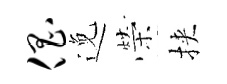
倡𨓜榮挾